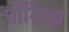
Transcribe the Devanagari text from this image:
प्रॉम्नित्झ